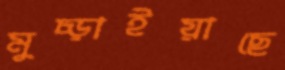
মুচ্‌ড়াইয়াছে